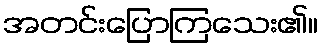
အတင်းပြောကြသေး၏။